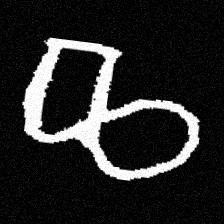
Pyu character \u2014 Myanmar letter: ဆ (romanized: cha)